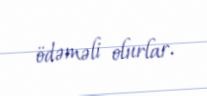
ödəməli olurlar.